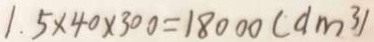
1 . 5 \times 4 0 \times 3 0 0 = 1 8 0 0 0 ( d m ^ { 3 } )